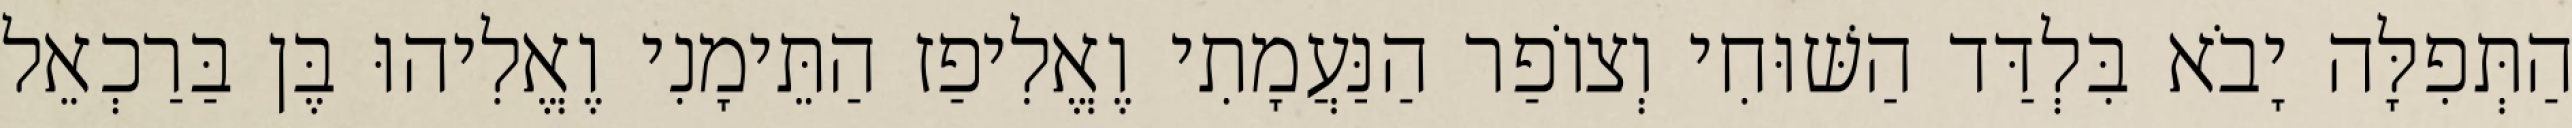
הַתְּפִלָּה יָבֹא בִּלְדַּד הַשּׁוּחִי וְצוֹפַר הַנַּעֲמָתִי וֶאֱלִיפַז הַתֵּימָנִי וֶאֱלִיהוּ בֶּן בַּרַכְאֵל